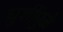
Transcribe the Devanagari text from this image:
घुशींमुळे